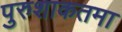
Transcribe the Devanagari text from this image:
पुरुशाकतमा